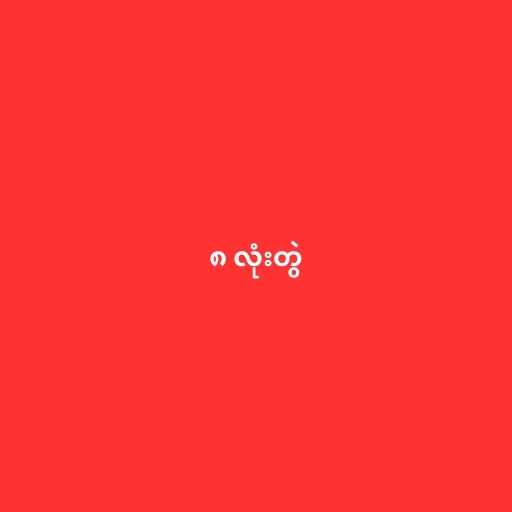
၈ လုံးတွဲ